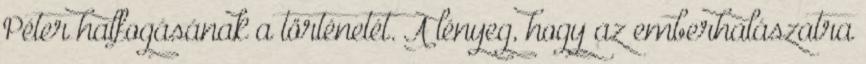
Péter halfogásának a történetét. A lényeg, hogy az emberhalászatra